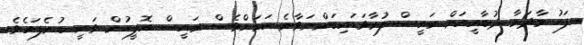
ފަހު މާދަމާ ދުބާއީއަށް ރައީސް ފުރާވަޑައިގަންނަވާނެ ކަމަށްވެސް ރައީސް އޮފީހުން ވަނީ ބުނެފައެވެ.